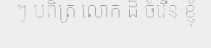
ៗ បពិត្រ លោក ដ៏ ចំរើន ខ្ញុំ